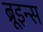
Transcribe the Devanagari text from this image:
ब्रूइन्स